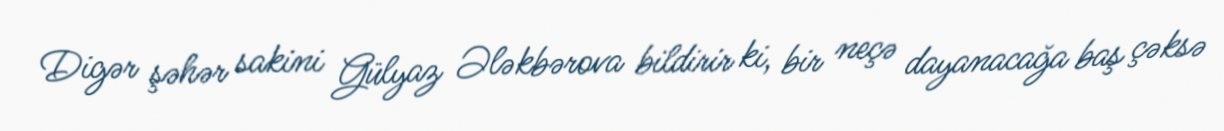
Digər şəhər sakini Gülyaz Ələkbərova bildirir ki, bir neçə dayanacağa baş çəksə